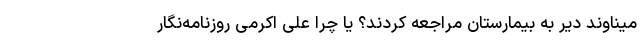
میناوند دیر به بیمارستان مراجعه کردند؟ یا چرا علی اکرمی روزنامه‌نگار